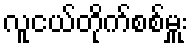
လူငယ်တိုက်စစ်မှူး